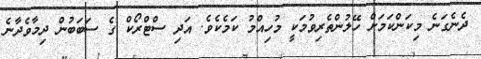
ދެނެގަނެ މިކަންކަމަށް ހޭލުންތެރިވުމަކީ މުހިއްމު ކަމެކެވެ. އަދި ސްޓްރޯކް ގެ ސަބަބުން ދިމާވެދާނެ